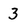
Character: 3